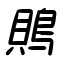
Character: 鵙